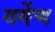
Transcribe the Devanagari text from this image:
गर्गेण